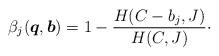
LaTeX: \begin{align*}{\beta_j}(\boldsymbol{q},\boldsymbol{b})=1 - \frac{{H(C - {b_j},J)}}{{H(C,J)}} \cdot\end{align*}